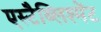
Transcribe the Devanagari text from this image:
एस्टैब्लिश्मेंट